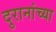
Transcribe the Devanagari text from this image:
दुरानांच्या